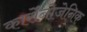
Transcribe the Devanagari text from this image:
कार्सेनोजेनिक